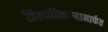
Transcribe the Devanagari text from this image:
जिल्हाधिकाऱ्यामार्फत